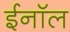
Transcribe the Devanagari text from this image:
ईनॉल